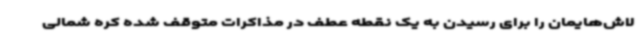
لاش‌هایمان را برای رسیدن به یک نقطه عطف در مذاکرات متوقف شده کره شمالی